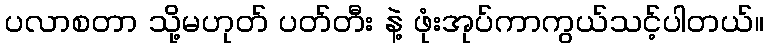
ပလာစတာ သို့မဟုတ် ပတ်တီး နဲ့ ဖုံးအုပ်ကာကွယ်သင့်ပါတယ်။